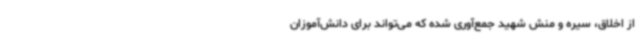
از اخلاق، سیره و منش شهید جمع‌آوری شده که می‌تواند برای دانش‌آموزان